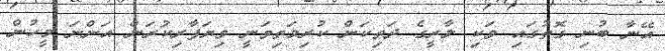
އޭނާ ބުނި ގޮތުގައި ވަކި ލާރީގެ ދަތިކަން ކުރިމަތިވަނީ ވިޔަފާރިކުރަން އަންނަ މީހުން